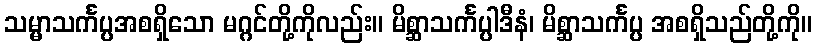
သမ္မာသင်္ကပ္ပအစရှိသော မဂ္ဂင်တို့ကိုလည်း။ မိစ္ဆာသင်္ကပ္ပါဒီနံ၊ မိစ္ဆာသင်္ကပ္ပ အစရှိသည်တို့ကို။